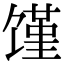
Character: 馑